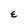
Character: E